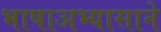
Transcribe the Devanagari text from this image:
भाषाअभ्यासाने